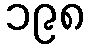
၁၉၈